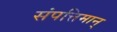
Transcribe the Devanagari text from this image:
संपत्तिमान्‌